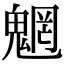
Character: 魍